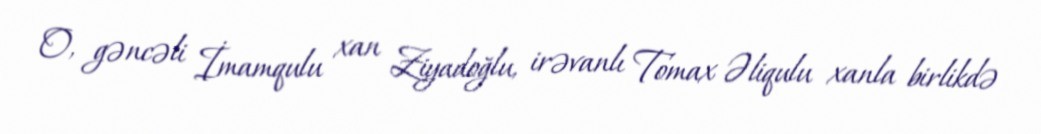
O, gəncəli İmamqulu xan Ziyadoğlu, irəvanlı Tomax Əliqulu xanla birlikdə